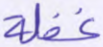
غفلة